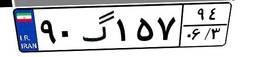
۹۰گ۱۵۷۹۴